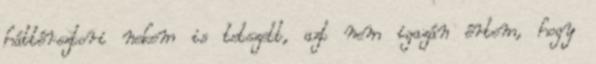
háttérsztori nekem is tetszett, azt nem igazán értem, hogy